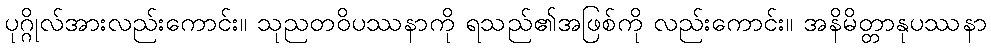
ပုဂ္ဂိုလ်အားလည်းကောင်း။ သုညတဝိပဿနာကို ရသည်၏အဖြစ်ကို လည်းကောင်း။ အနိမိတ္တာနုပဿနာ